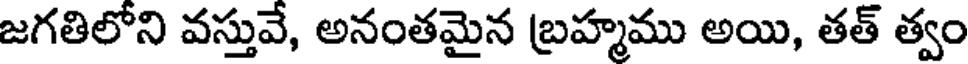
జగతిలోని వస్తువే, అనంతమైన బ్రహ్మము అయి, తత్ త్వం